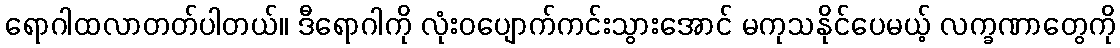
ရောဂါထလာတတ်ပါတယ်။ ဒီရောဂါကို လုံးဝပျောက်ကင်းသွားအောင် မကုသနိုင်ပေမယ့် လက္ခဏာတွေကို